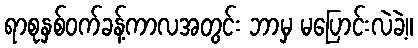
ရာစုနှစ်ဝက်ခန့်ကာလအတွင်း ဘာမှ မပြောင်းလဲခဲ့။